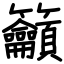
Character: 籲